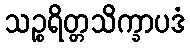
သဉ္စရိတ္တသိက္ခာပဒံ